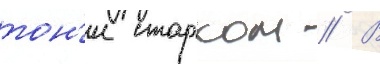
тон'и старком // В